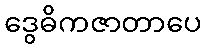
ဒွေဓိကဇာတာပေ